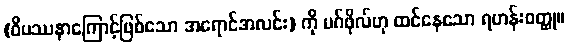
(ဝိပဿနာကြောင့်ဖြစ်သော အရောင်အလင်း) ကို မဂ်ဖိုလ်ဟု ထင်နေသော ရဟန်းဝတ္ထု။